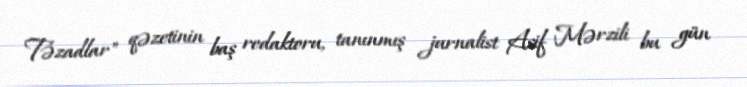
Təzadlar" qəzetinin baş redaktoru, tanınmış jurnalist Asif Mərzili bu gün